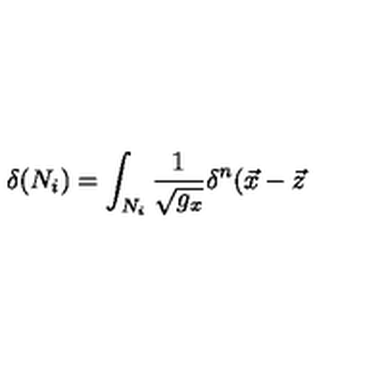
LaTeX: \delta ( N _ { i } ) = \int _ { N _ { i } } \frac 1 { \sqrt { g _ { x } } } \delta ^ { n } ( \vec { x } - \vec { z }